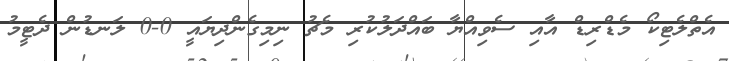
އެތްލެޓިކޯ މެޑްރިޑް އާއި ސެވިއްޔާ ބައްދަލުކުރި މެޗު ނިމިގެންދިޔައީ 0-0 ލަނޑުން ދެޓީމު